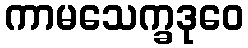
ကာမသေက္ခဒုဝေ